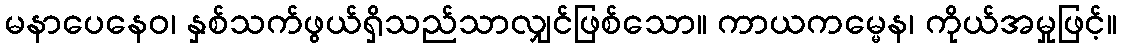
မနာပေနေဝ၊ နှစ်သက်ဖွယ်ရှိသည်သာလျှင်ဖြစ်သော။ ကာယကမ္မေန၊ ကိုယ်အမှုဖြင့်။